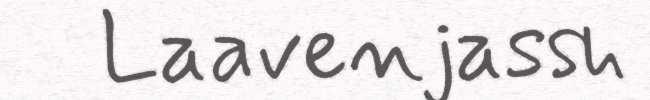
Laavenjassh